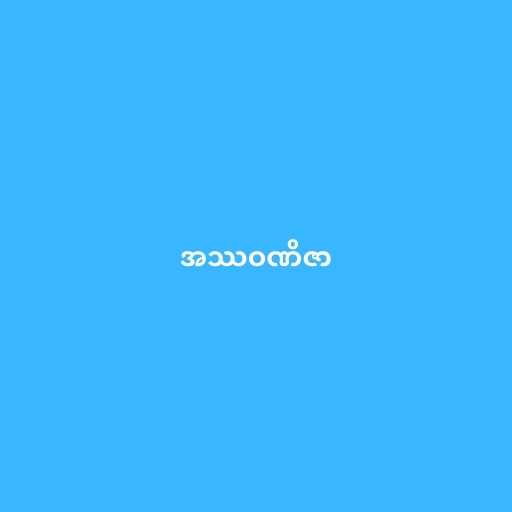
အဿဝဏိဇာ